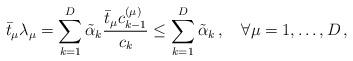
LaTeX: \begin{align*}\bar{t}_\mu \lambda_\mu = \sum_{k=1}^{D} \tilde{\alpha}_k \frac{\bar{t}_\mu c_{k-1}^{(\mu)}}{c_k} \leq \sum_{k=1}^{D} \tilde{\alpha}_k \, , \quad \forall \mu=1,\ldots,D \, ,\end{align*}